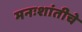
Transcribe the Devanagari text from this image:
मनःशांतीचे